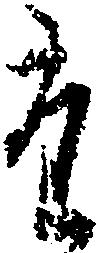
た